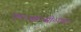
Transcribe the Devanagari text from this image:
एन०आर०सी०एच०